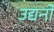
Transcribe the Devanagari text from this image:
उद्यनो